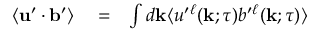
\begin{array} { r l r } { \langle { { \bf { u } } ^ { \prime } \cdot { \bf { b } } ^ { \prime } } \rangle } & { { } = } & { \int d { \bf { k } } \langle { u ^ { \prime } { } ^ { \ell } ( { \bf { k } } ; \tau ) b ^ { \prime } { } ^ { \ell } ( { \bf { k } } ; \tau ) } \rangle } \end{array}